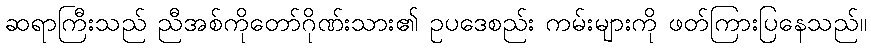
ဆရာကြီးသည် ညီအစ်ကိုတော်ဂိုဏ်းသား၏ ဥပဒေစည်း ကမ်းများကို ဖတ်ကြားပြနေသည်။